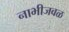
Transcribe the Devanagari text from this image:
नाभीजवळ